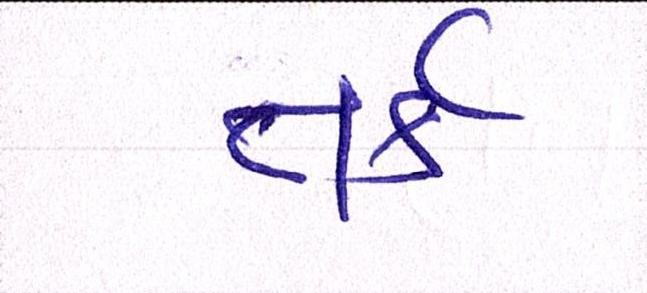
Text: તર્ક